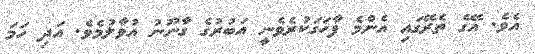
އެވެ. އޭގެ ތެރޭގައި އެންމެ ފާހަގަކުރެވެނީ އަބުރުގެ ގާނޫނު އުވާލުމެވެ. އަދި ހަމަ